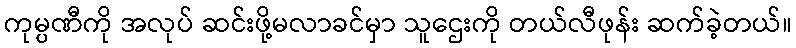
ကုမ္ပဏီကို အလုပ် ဆင်းဖို့မလာခင်မှာ သူဌေးကို တယ်လီဖုန်း ဆက်ခဲ့တယ်။